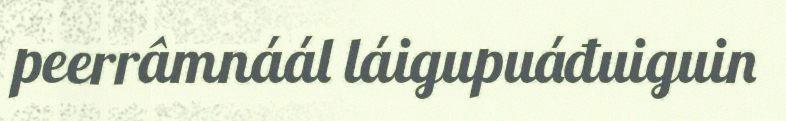
peerrâmnáál láigupuáđuiguin